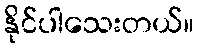
နိုင်ပါသေးတယ်။